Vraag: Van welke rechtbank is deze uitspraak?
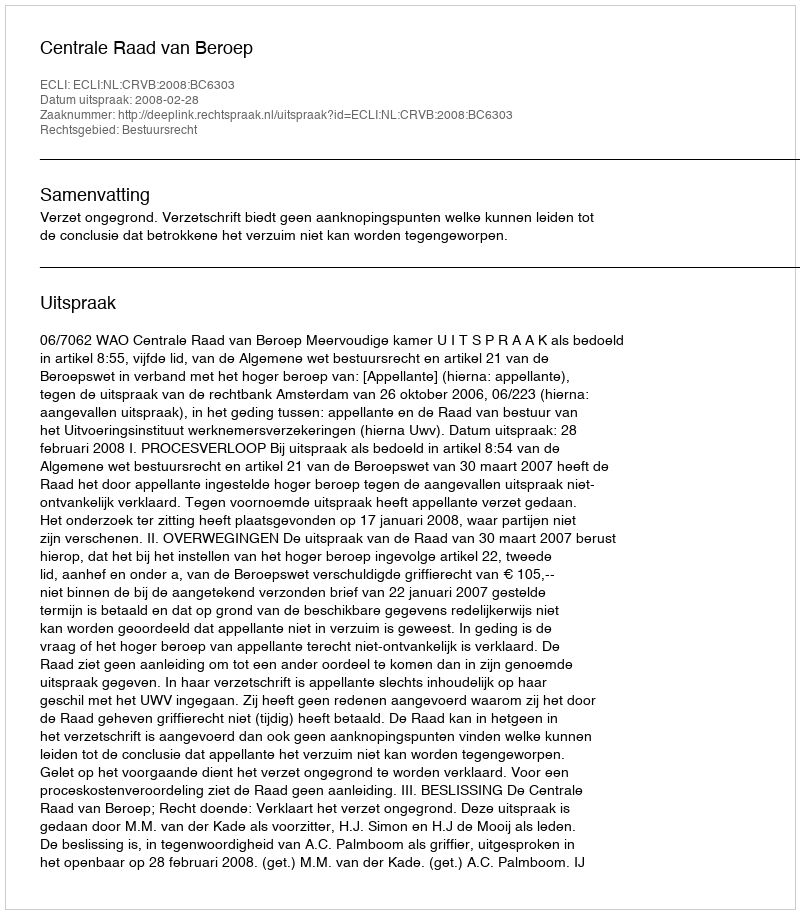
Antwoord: Centrale Raad van Beroep